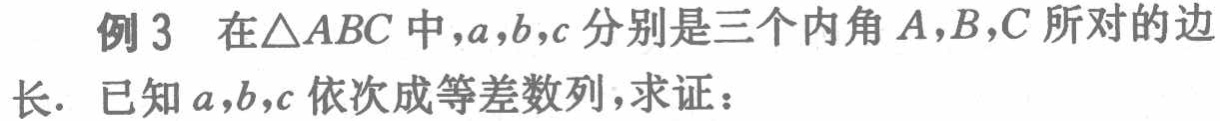
例 3 在\(\triangle ABC\)中，\(a,b,c\)分别是三个内角\(A,B,C\)所对的边长．已知\(a,b,c\)依次成等差数列，求证：